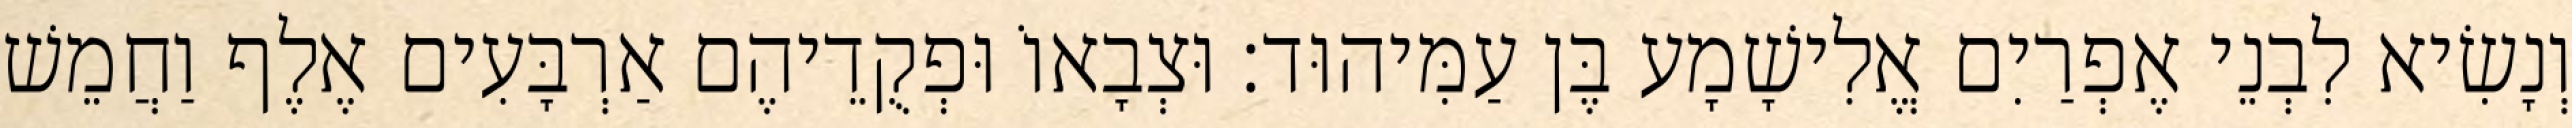
וְנָשִׂיא לִבְנֵי אֶפְרַיִם אֱלִישָׁמָע בֶּן עַמִּיהוּד׃ וּצְבָאוֹ וּפְקֻדֵיהֶם אַרְבָּעִים אֶלֶף וַחֲמֵשׁ